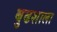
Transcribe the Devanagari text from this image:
बुढशाला